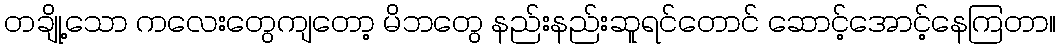
တချို့သော ကလေးတွေကျတော့ မိဘတွေ နည်းနည်းဆူရင်တောင် ဆောင့်အောင့်နေကြတာ။